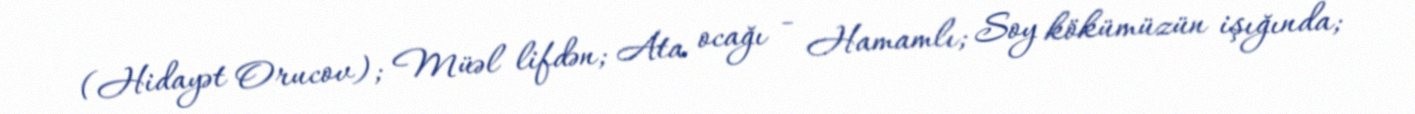
(Hidayət Orucov); Müəl lifdən; Ata ocağı - Hamamlı; Soy kökümüzün işığında;